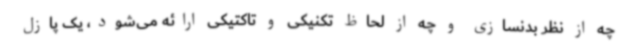
چه از نظر بدنسازی و چه از لحاظ تکنیکی و تاکتیکی ارائه می‌شود، یک پازل